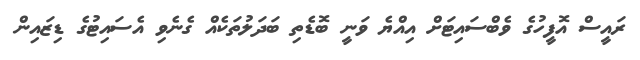
ރައީސް އޮފީހުގެ ވެބްސައިޓަށް އިއްޔެ ވަނީ ބޮޑެތި ބަދަލުތަކެއް ގެނެވި އެސައިޓުގެ ޑިޒައިން